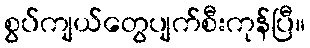
စွပ်ကျယ်တွေပျက်စီးကုန်ပြီ။